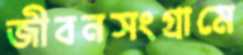
জীবনসংগ্রামে